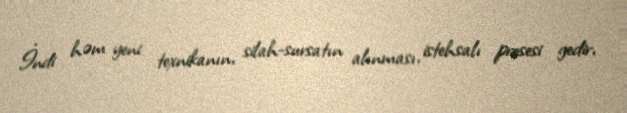
İndi həm yeni texnikanın, silah-sursatın alınması, istehsalı prosesi gedir,